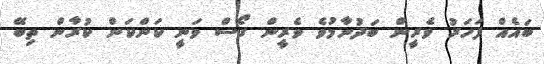
ބައެއް ފަހަރު ވެރީން ބަދުނާމުވެ ވެރީން ގޯސް ވަނީ ކަންކަން ކުރާން ތިބޭ